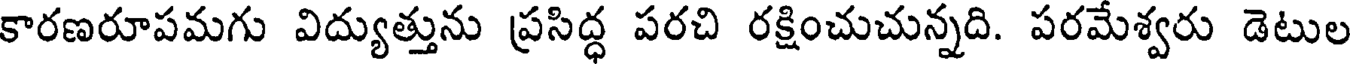
కారణరూపమగు విద్యుత్తును ప్రసిద్ధ పరచి రక్షించుచున్నది. పరమేశ్వరు డెటుల